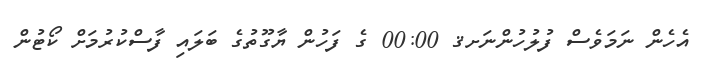
އެހެން ނަމަވެސް ފުލުހުންނަށޤ 00:00 ގެ ފަހުން ޔާގޫތުގެ ބަލައި ފާސްކުރުމަށް ކޯޓުން